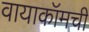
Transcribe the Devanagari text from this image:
वायाकॉमची